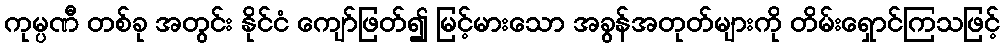
ကုမ္ပဏီ တစ်ခု အတွင်း နိုင်ငံ ကျော်ဖြတ်၍ မြင့်မားသော အခွန်အတုတ်များကို တိမ်းရှောင်ကြသဖြင့်